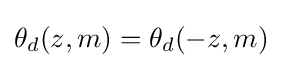
\theta _{d}(z,m)=\theta _{d}(-z,m)